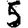
Digit: 5